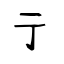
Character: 亍